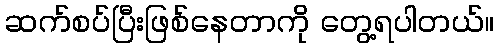
ဆက်စပ်ပြီးဖြစ်နေတာကို တွေ့ရပါတယ်။